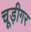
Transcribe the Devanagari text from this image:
चूड़ीगर